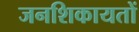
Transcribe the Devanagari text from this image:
जनशिकायतों